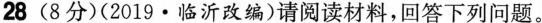
28(8分)(2019·临沂改编)请阅读材料，回答下列问题。